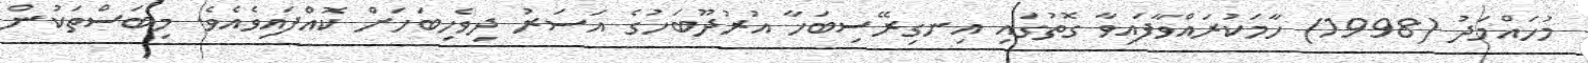
މުހައްމަދު (1998) ހާމަކުރައްވާފައިވާ ގޮތުގައި އިނގިރޭސިބަހާ އުރުދޫބަހުގެ އަސަރު ދިވެހިބަހަށް ކޮއްފައިވެއެވެ. މިބަސްތަކުން